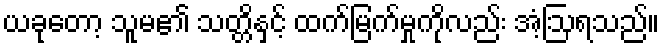
ယခုတော့ သူမ၏ သတ္တိနှင့် ထက်မြက်မှုကိုလည်း အံ့ဩရသည်။